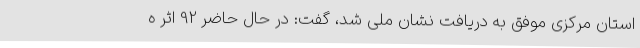
استان مرکزی موفق به دریافت نشان ملی شد، گفت: در حال حاضر 92 اثر ه